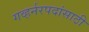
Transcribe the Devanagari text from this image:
गव्हर्नरपदांसाठी